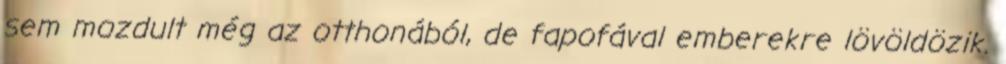
sem mozdult még az otthonából, de fapofával emberekre lövöldözik.